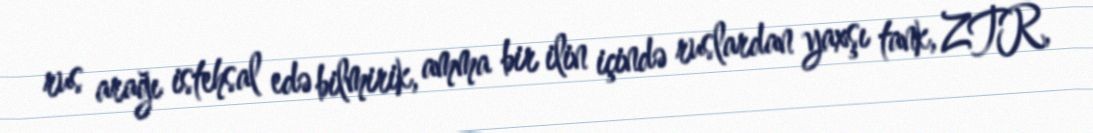
rus arağı istehsal edə bilmirik, amma bir ilin içində ruslardan yaxşı tank, ZTR,